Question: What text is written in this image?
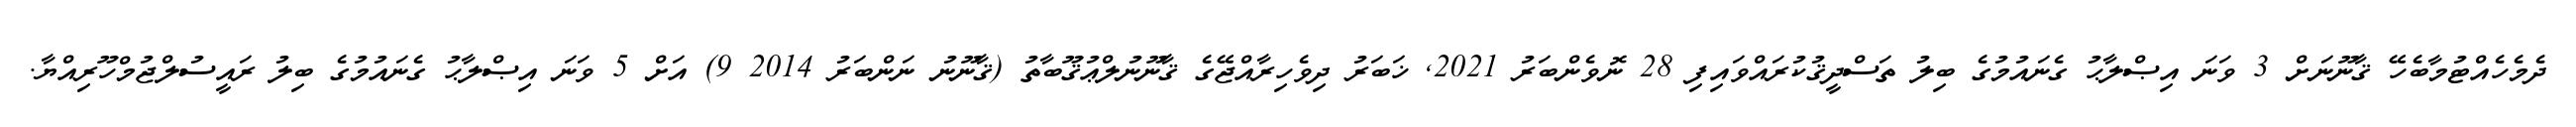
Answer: ދެމެހެއްޓުމާބެހޭ ޤާނޫނަށް 3 ވަނަ އިޞްލާޙު ގެނައުމުގެ ބިލު ތަސްދީޤުކުރައްވައިފި 28 ނޮވެންބަރު 2021, ޚަބަރު ދިވެހިރާއްޖޭގެ ޤާނޫނުލްޢުޤޫބާތު (ޤާނޫނު ނަންބަރު 2014 9) އަށް 5 ވަނަ އިޞްލާޙު ގެނައުމުގެ ބިލު ރައީސުލްޖުމްހޫރިއްޔާ.